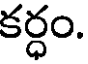
కర్ధం.